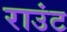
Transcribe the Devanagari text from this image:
राउंट